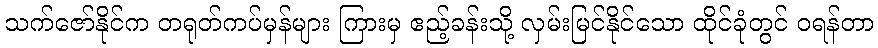
သက်ဇော်နိုင်က တရုတ်ကပ်မှန်များ ကြားမှ ဧည့်ခန်းသို့ လှမ်းမြင်နိုင်သော ထိုင်ခုံတွင် ဝရန်တာ